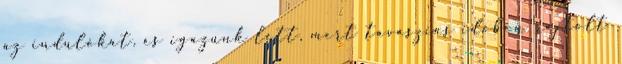
az indulókat, és igazunk lett, mert tavaszias időben rajtolt